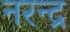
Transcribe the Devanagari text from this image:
नरन्द्र